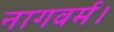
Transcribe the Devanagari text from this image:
नागवर्म।